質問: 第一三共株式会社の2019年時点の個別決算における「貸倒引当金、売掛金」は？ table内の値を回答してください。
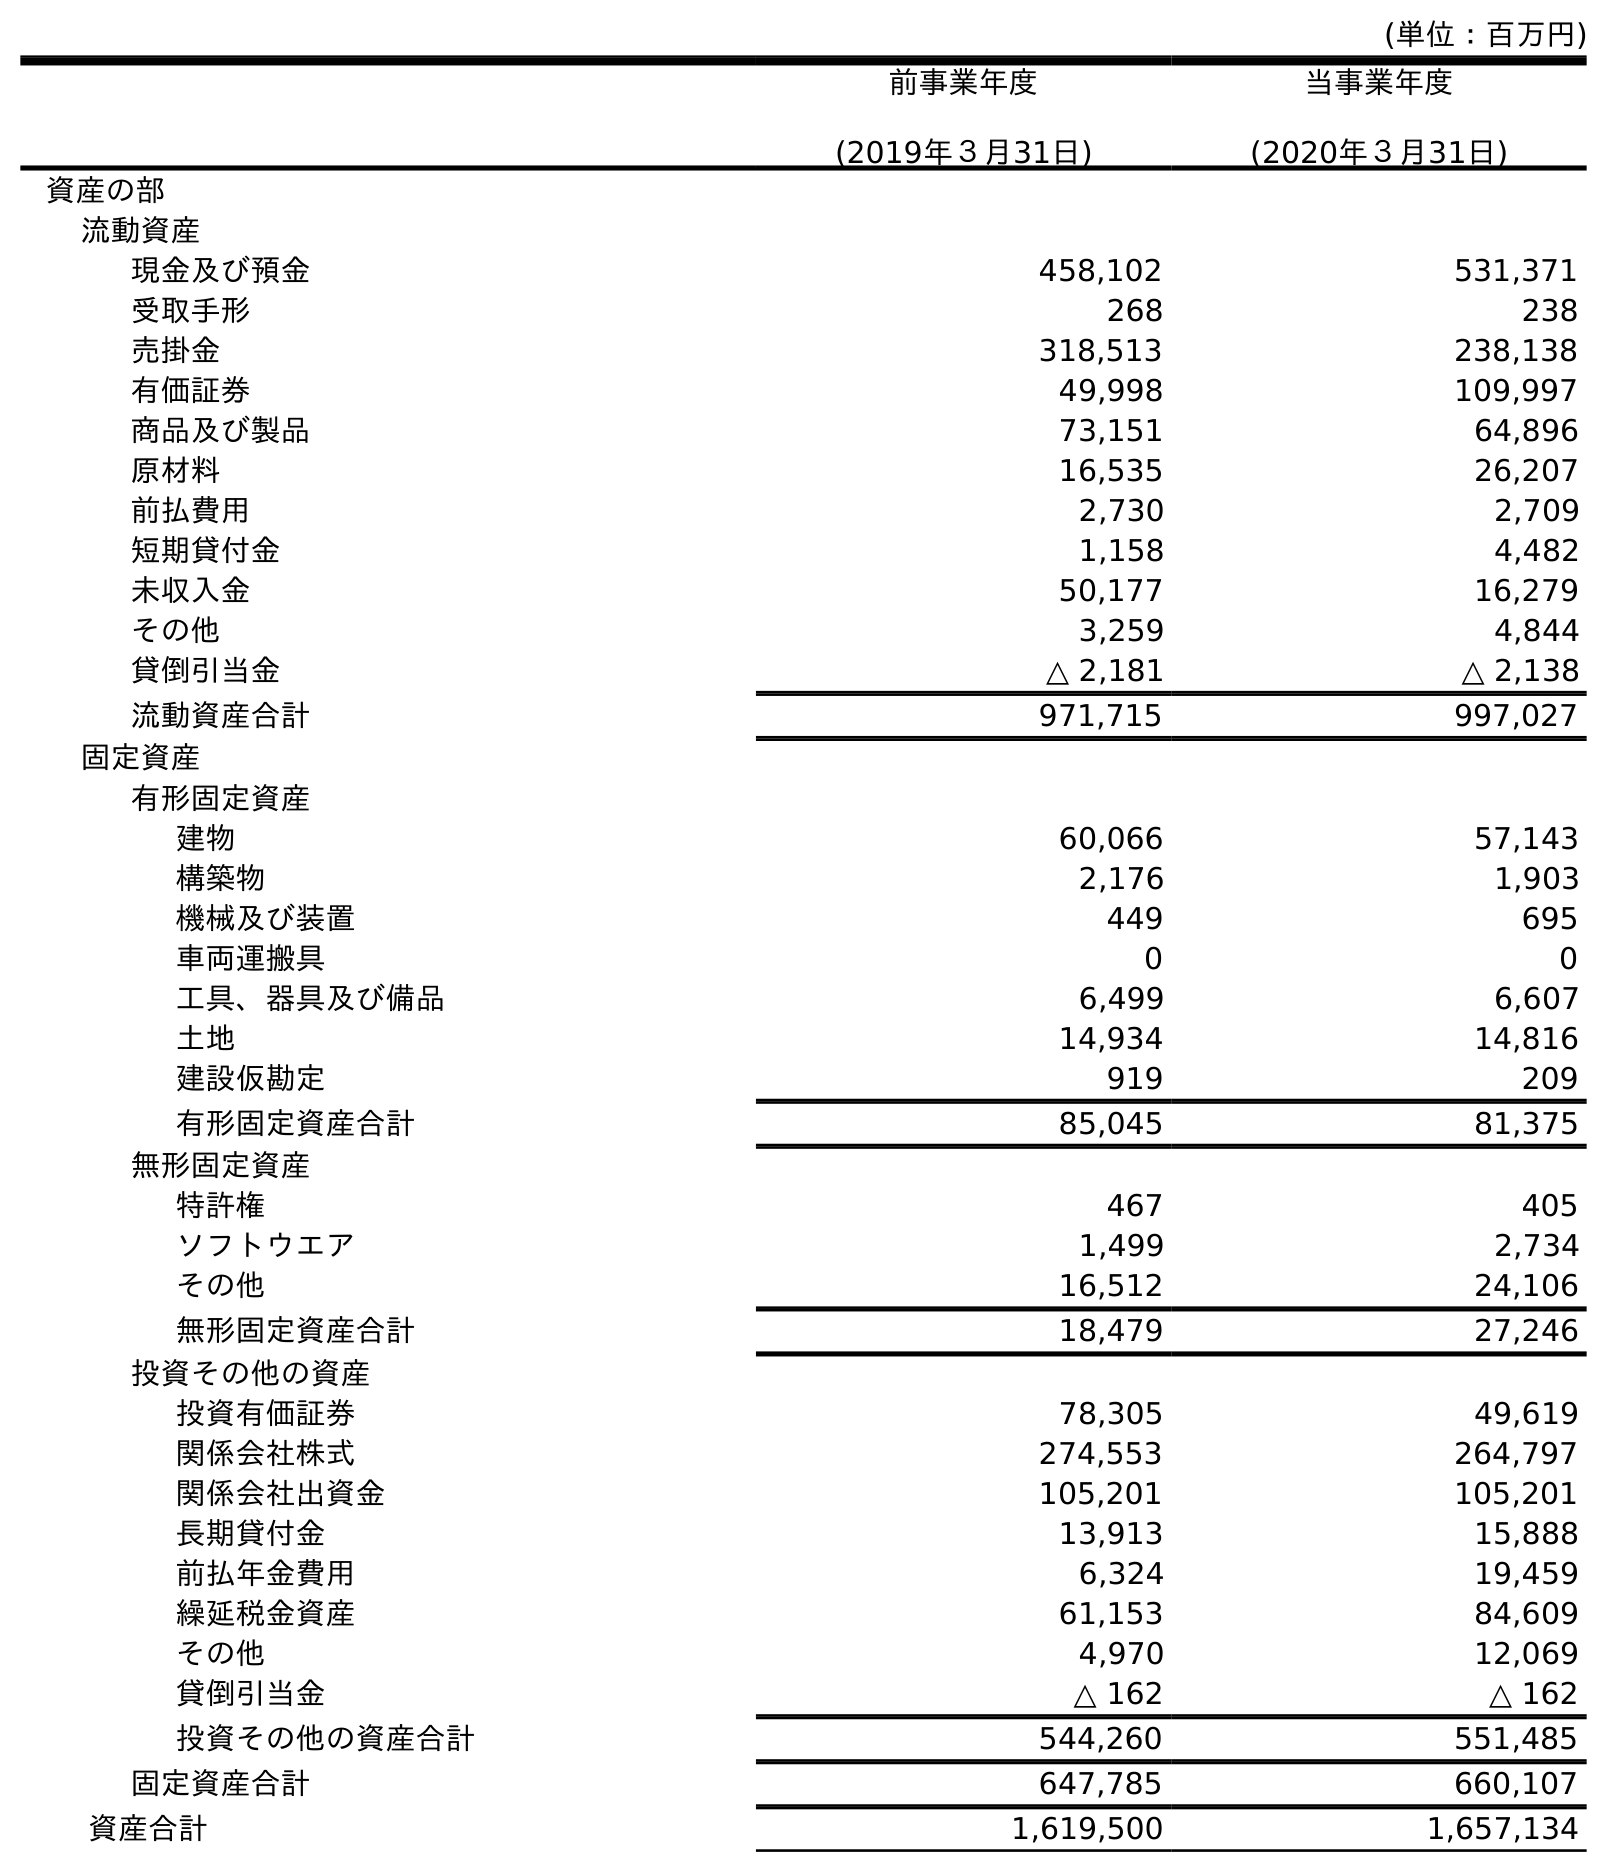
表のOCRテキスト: (単位：百万円) 前事業年度 (2019年３月31日) 当事業年度 (2020年３月31日) 資産の部 流動資産 現金及び預金 458,102 531,371 受取手形 268 238 売掛金 318,513 238,138 有価証券 49,998 109,997 商品及び製品 73,151 64,896 原材料 16,535 26,207 前払費用 2,730 2,709 短期貸付金 1,158 4,482 未収入金 50,177 16,279 その他 3,259 4,844 貸倒引当金 △ 2,181 △ 2,138 流動資産合計 971,715 997,027 固定資産 有形固定資産 建物 60,066 57,143 構築物 2,176 1,903 機械及び装置 449 695 車両運搬具 0 0 工具、器具及び備品 6,499 6,607 土地 14,934 14,816 建設仮勘定 919 209 有形固定資産合計 85,045 81,375 無形固定資産 特許権 467 405 ソフトウエア 1,499 2,734 その他 16,512 24,106 無形固定資産合計 18,479 27,246 投資その他の資産 投資有価証券 78,305 49,619 関係会社株式 274,553 264,797 関係会社出資金 105,201 105,201 長期貸付金 13,913 15,888 前払年金費用 6,324 19,459 繰延税金資産 61,153 84,609 その他 4,970 12,069 貸倒引当金 △ 162 △ 162 投資その他の資産合計 544,260 551,485 固定資産合計 647,785 660,107 資産合計 1,619,500 1,657,134
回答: △2,181